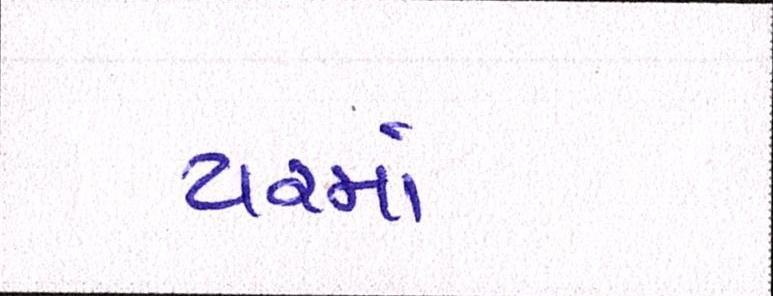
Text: યરમાં